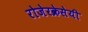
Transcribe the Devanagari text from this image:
रोजेरक्रेसेयी